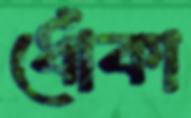
ধোঁকা